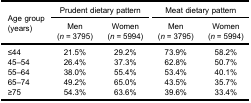
| <ROWSPAN=3> Age group(years) | <COLSPAN=2> Prudent dietary pattern | <COLSPAN=2> Meat dietary pattern |
 | Men(n = 3795) | Women(n = 5994) | Men(n = 3795) | Women(n = 5994) |
 | --- | --- | --- | --- | --- |
 | ≤44 | 21.5% | 29.2% | 73.9% | 58.2% |
 | 45–54 | 26.4% | 37.3% | 62.8% | 50.7% |
 | 55–64 | 38.0% | 55.4% | 53.4% | 40.1% |
 | 65–74 | 49.2% | 65.0% | 43.5% | 35.7% |
 | ≥75 | 54.3% | 63.6% | 39.6% | 33.4% |